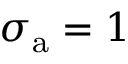
\sigma _ { \mathrm { a } } = 1